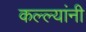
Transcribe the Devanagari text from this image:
कल्ल्यांनी